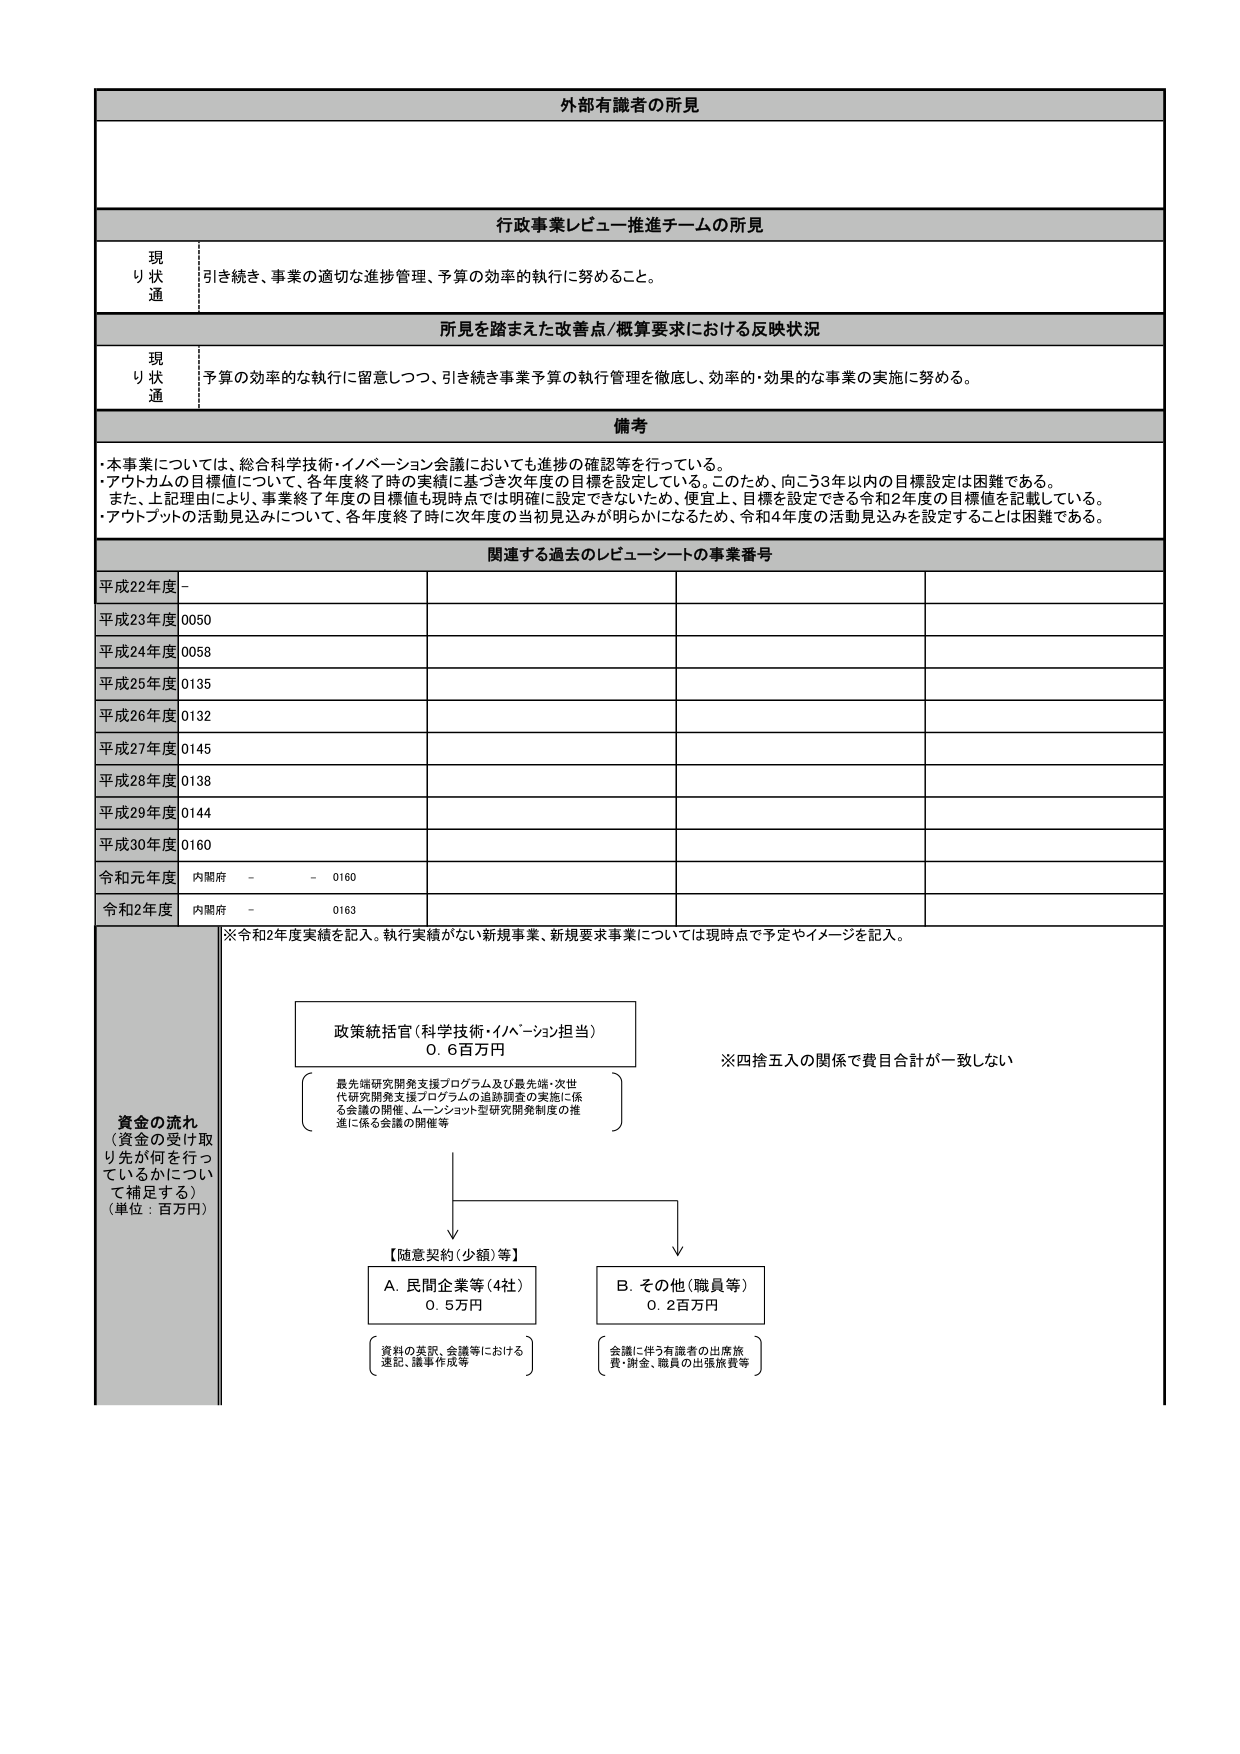
外部有識者の所見

行政事業レビュー推進チームの所見
現り状通 引き続き、事業の適切な進捗管理、予算の効率的執行に努めること。

所見を踏まえた改善点/概算要求における反映状況
現り状通 予算の効率的な執行に留意しつつ、引き続き事業予算の執行管理を徹底し、効率的・効果的な事業の実施に努める。

備考
・本事業については、総合科学技術・イノベーション会議においても進捗の確認等を行っている。
・アウトカムの目標値について、各年度終了時の実績に基づき次年度の目標を設定している。このため、向こう3年以内の目標設定は困難である。
　また、上記理由により、事業終了年度の目標値も現時点では明確に設定できないため、便宜上、目標を設定できる令和2年度の目標値を記載している。
・アウトプットの活動見込みについて、各年度終了時に次年度の当初見込みが明らかになるため、令和4年度の活動見込みを設定することは困難である。

関連する過去のレビューシートの事業番号
平成22年度 -
平成23年度 0050
平成24年度 0058
平成25年度 0135
平成26年度 0132
平成27年度 0145
平成28年度 0138
平成29年度 0144
平成30年度 0160
令和元年度 内閣府 - - 0160
令和2年度 内閣府 - 0163

※令和2年度実績を記入。執行実績がない新規事業、新規要求事業については現時点で予定やイメージを記入。

資金の流れ
（資金の受け取り先が何を行っているかについて補足する）
（単位：百万円）

政策統括官（科学技術・イノベーション担当）
0.6百万円

最先端研究開発支援プログラム及び最先端・次世代研究開発支援プログラムの追跡調査の実施に係る会議の開催、ムーンショット型研究開発制度の推進に係る会議の開催等

※四捨五入の関係で費目合計が一致しない

【随意契約（少額）等】

A. 民間企業等（4社）
0.5万円
（資料の英訳、会議等における速記、議事作成等）

B. その他（職員等）
0.2百万円
（会議に伴う有識者の出席旅費・謝金、職員の出張旅費等）